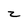
Character: z